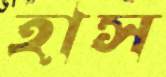
হাস